Scottish Leaving Certificate Examination, 1960
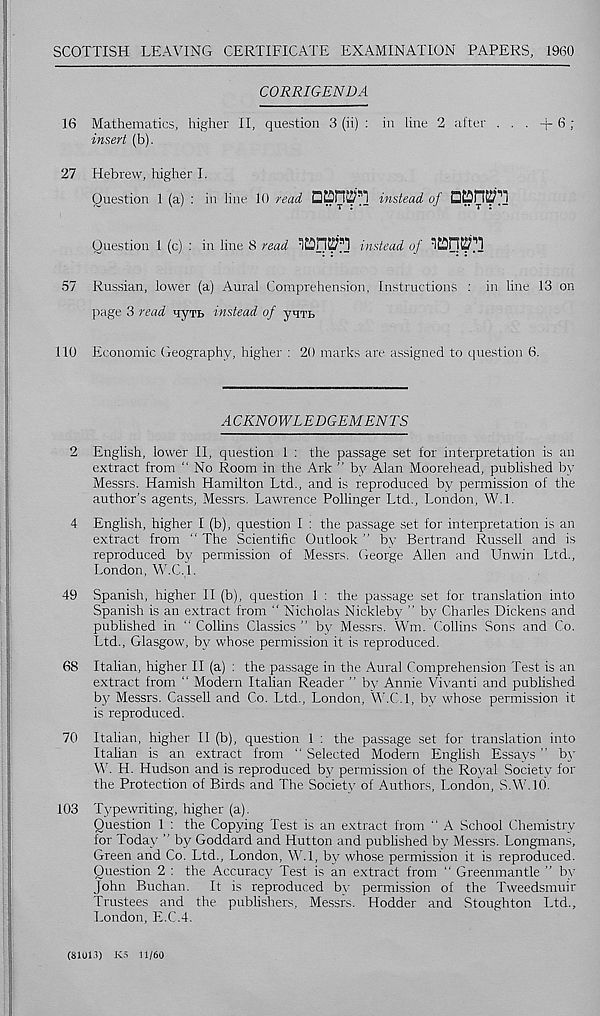
SCOTTISH LEAVING CERTIFICATE EXAMINATION PAPERS, 1960
CORRIGENDA
16 Mathematics, higher II, question 3 (ii) : in line 2 after . . . + 6 ;
insert (b).
27 Hebrew, higher I.
Question 1 (a) : in line 10 read
instead of □£Dn^|’]
Question 1 (c) : in line 8 read
instead of
57 Russian, lower (a) Aural Comprehension, Instructions : in line 13 on
page 3 read nyTb instead of yqTB
110 Economic Geography, higher : 20 marks are assigned to question 6.
ACKNOWLEDGEMENTS
2 English, lower II, question 1 : the passage set for interpretation is an
extract from “ No Room in the Ark ” by Alan Moorehead, published by
Messrs. Hamish Hamilton Ltd., and is reproduced by permission of the
author's agents, Messrs. Lawrence Pollinger Ltd., London, W.l.
4 Enghsh, higher I (b), question I : the passage set for interpretation is an
extract from “ The Scientific Outlook ” bv Bertrand Russell and is
reproduced by permission of Messrs. George Allen and Unwin Ltd.,
London, W.C. 1.
49 Spanish, higher II (b), question 1 : the passage set for translation into
Spanish is an extract from “ Nicholas Nickleby ” by Charles Dickens and
published in “ Collins Classics ” by Messrs. Wm. Collins Sons and Co.
Ltd., Glasgow, by whose permission it is reproduced.
68 Italian, higher II (a) : the passage in the Aural Comprehension Test is an
extract from “ Modern Italian Reader ” by Annie Vivanti and published
by Messrs. Cassell and Co. Ltd., London, W.C.l, by whose permission it
is reproduced.
70 Italian, higher II (b), question 1 : the passage set for translation into
Italian is an extract from “ Selected Modern English Essays ” by
W. H. Hudson and is reproduced by permission of the Royal Society for
the Protection of Birds and The Society of Authors, London, S.W.10.
103 Typewriting, higher (a).
Question 1 : the Copying Test is an extract from " A School Chemistry
for Today ” by Goddard and Hutton and published by Messrs. Longmans,
Green and Co. Ltd., London, W.l, by whose permission it is reproduced.
Question 2 : the Accuracy Test is an extract from “ Greenmantle ” by
John Buchan. It is reproduced by permission of the Tweedsmuir
Trustees and the publishers, Messrs. Hodder and Stoughton Ltd.,
London, E.C.4.
(8101.1) KS 11/60